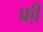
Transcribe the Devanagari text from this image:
फ्री़